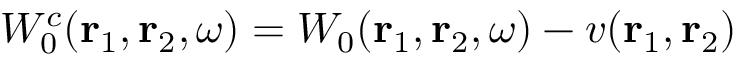
W _ { 0 } ^ { c } ( \mathbf { r } _ { 1 } , \mathbf { r } _ { 2 } , \omega ) = W _ { 0 } ( \mathbf { r } _ { 1 } , \mathbf { r } _ { 2 } , \omega ) - v ( \mathbf { r } _ { 1 } , \mathbf { r } _ { 2 } )